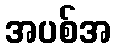
အပစ်အ